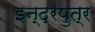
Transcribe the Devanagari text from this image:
इन्द्रपुत्र